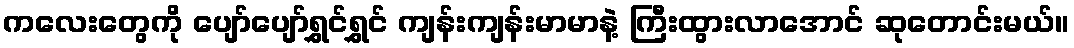
ကလေးတွေကို ပျော်ပျော်ရွှင်ရွှင် ကျန်းကျန်းမာမာနဲ့ ကြီးထွားလာအောင် ဆုတောင်းမယ်။